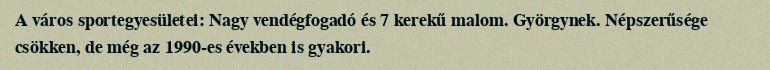
A város sportegyesületei: Nagy vendégfogadó és 7 kerekű malom. Györgynek. Népszerűsége csökken, de még az 1990-es években is gyakori.